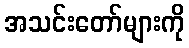
အသင်းတော်များကို